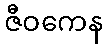
ဇီဝကေန